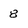
Character: 8